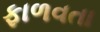
ફાળવતા